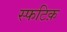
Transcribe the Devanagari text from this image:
स्फटिक़